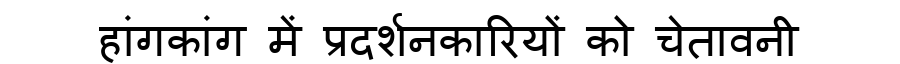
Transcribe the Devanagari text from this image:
हांगकांग में प्रदर्शनकारियों को चेतावनी